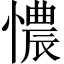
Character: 憹